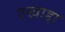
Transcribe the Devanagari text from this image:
एखाद्दा